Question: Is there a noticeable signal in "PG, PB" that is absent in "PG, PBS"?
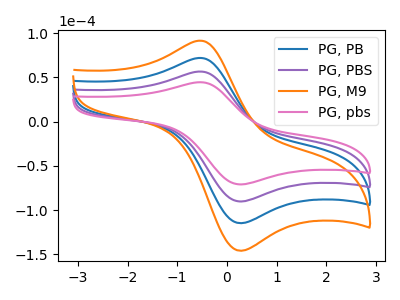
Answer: <think>The blue curve "PG, PB" has an anodic peak at (-0.50V, 112.95uA) and a cathodic peak at (0.30V, -180.20uA). The purple curve "PG, PBS" has an anodic peak at (-0.50V, 56.50uA) and a cathodic peak at (0.30V, -90.10uA). The orange curve "PG, M9" has an anodic peak at (-0.50V, 169.45uA) and a cathodic peak at (0.30V, -270.30uA). The pink curve "PG, pbs" has an anodic peak at (-0.50V, 44.40uA) and a cathodic peak at (0.30V, -70.85uA).
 All the peaks in "PG, PB" have a peak in "PG, PBS" at the same potential. Every peak in "PG, PB" is higher than every peak in "PG, PBS".</think>
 <answer>No, "PG, PB" and "PG, PBS" don't appear to be significantly different in shape</answer>
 <eval>no_change</eval>